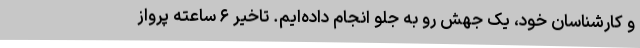
و کارشناسان خود، یک جهش رو به جلو انجام داده‌ایم. تاخیر ۶ ساعته پرواز